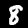
Digit: 8